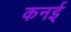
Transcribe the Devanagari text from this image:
कनई